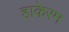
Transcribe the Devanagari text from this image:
हाकेरम